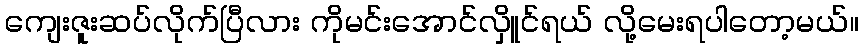
ကျေးဇူးဆပ်လိုက်ပြီလား ကိုမင်းအောင်လှိူင်ရယ် လို့မေးရပါတော့မယ်။